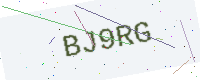
Text: BJ9RG